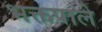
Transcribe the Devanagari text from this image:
भक्तपाले